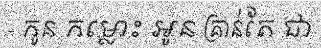
- កូន កម្លោះ អូន គ្រាន់តែ ជា